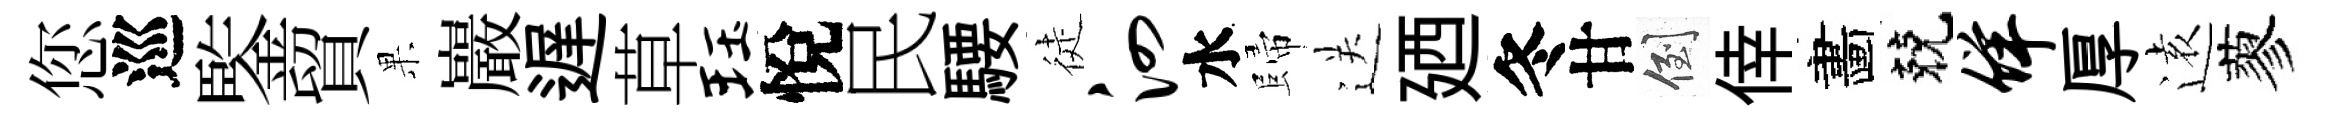
您巡鍳貿果巖遅草珏悅民騕徒泗水歸送廼冬甘倒倖畵兢佯厚逺蓼